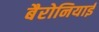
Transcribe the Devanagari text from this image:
बैरोनियाई